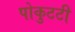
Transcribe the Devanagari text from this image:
पोकुटटी